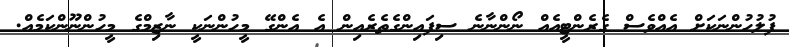
ފުލުހުންނަކަށް އެއްވެސް ގެރެންޓީއެއް ނޯންނާނެ ސިފައިންގެތެރެއިން އެ އެންގޭ މީހުންނަކީ ނާޒިމްގެ މީހުންނޫންކަމެއް.